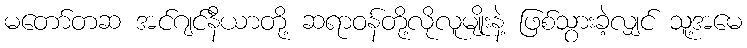
မတော်တဆ အင်ဂျင်နီယာတို့ ဆရာဝန်တို့လိုလူမျိုးနဲ့ ဖြစ်သွားခဲ့လျှင် သူ့အမေ